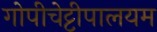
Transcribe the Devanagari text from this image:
गोपीचेट्टीपालयम